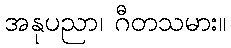
အနုပညာ၊ ဂီတသမား။